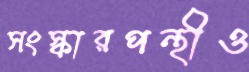
সংস্কারপন্থীও